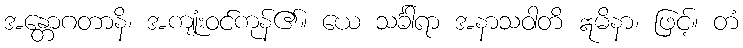
အန္တောဂတာနိ၊ အကျုံးဝင်ကုန်၏။ ယေ သင်္ခါရာ အနာသဝါတိ ဣမိနာ၊ ဖြင့်။ တံ